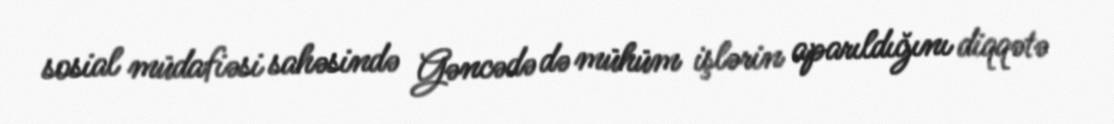
sosial müdafiəsi sahəsində Gəncədə də mühüm işlərin aparıldığını diqqətə